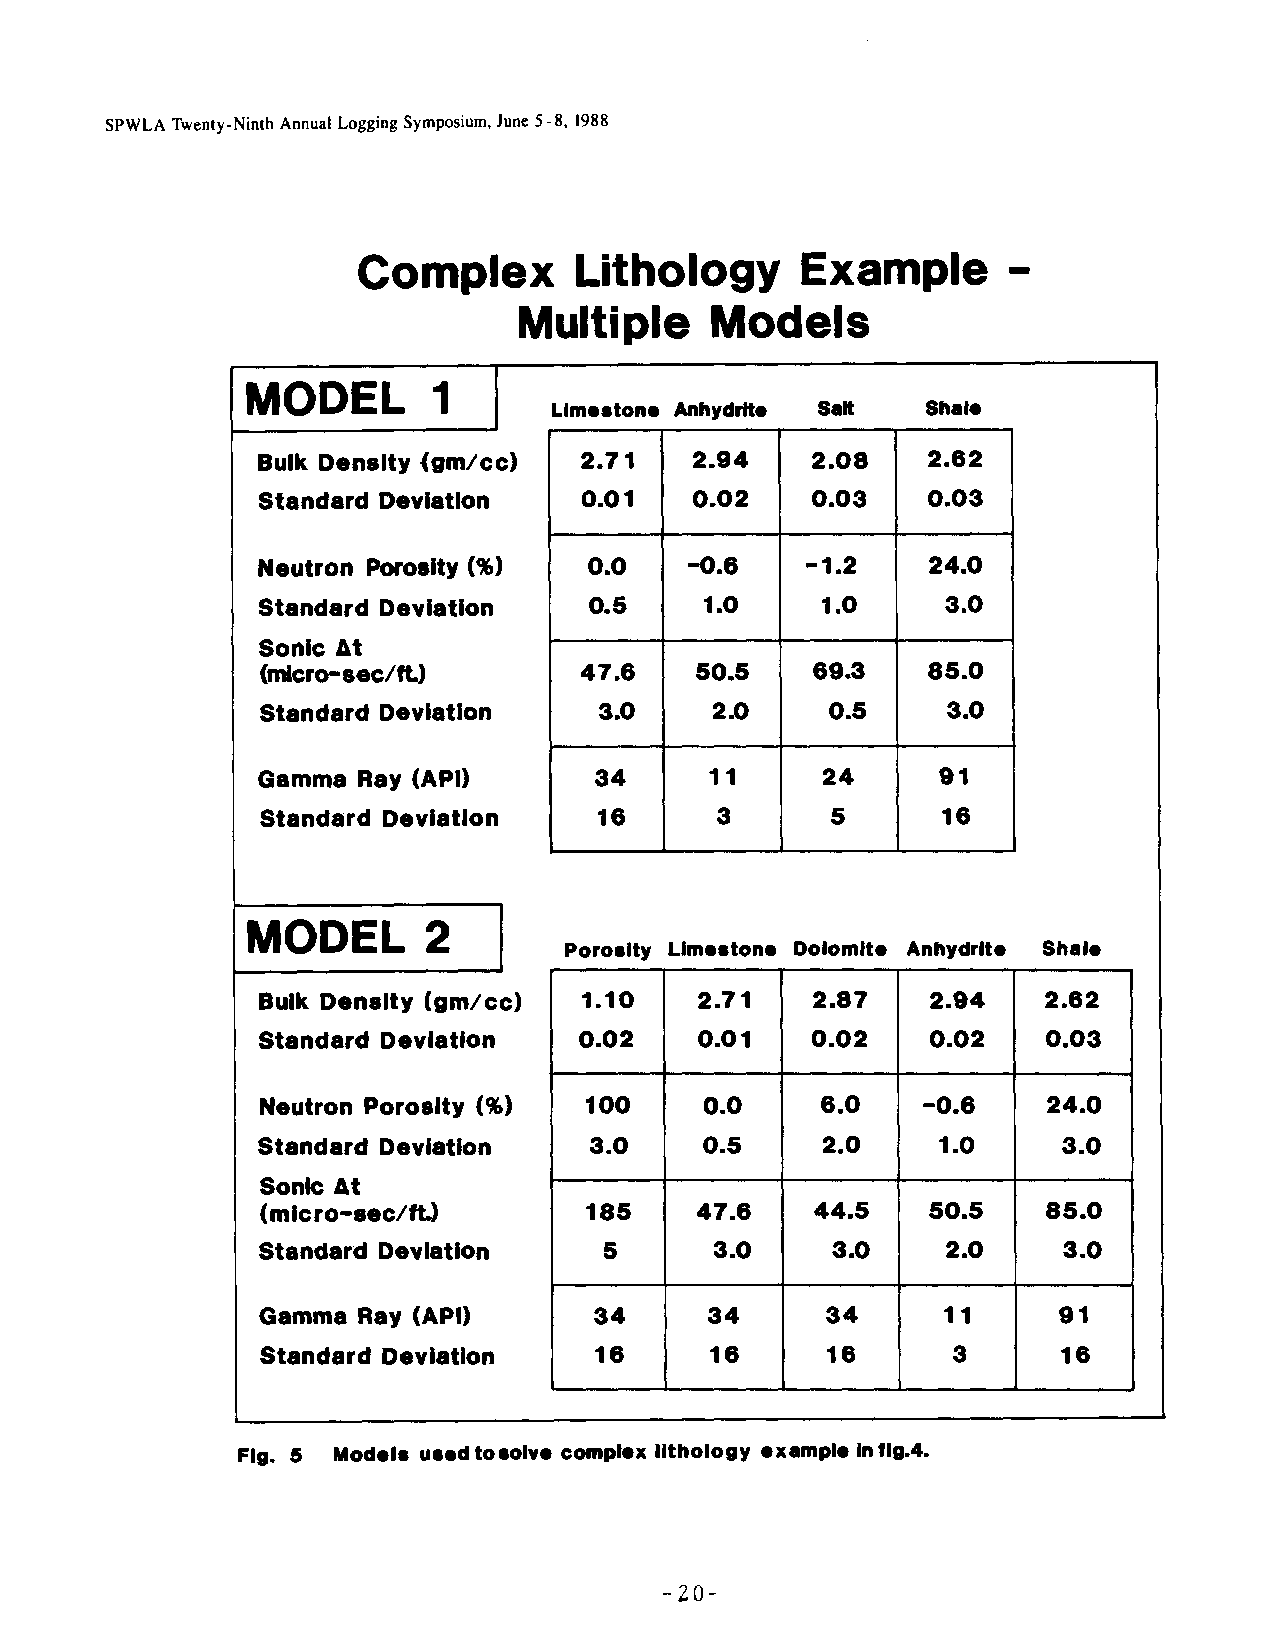
SPWLA Twenty-Ninth Annual Logging Symposium, June 5-8, 1988
 Complex       Lithology      Example       -
 Multiple     Models
 MODEL        1   I
 Llmostone Anhydrito Sait Shale
 1
 Bulk Density {gin/cc) I 2.71 2.04    2.08   2.62  I
 Standard Deviation I 0.01    0.02    0.03   0.03
 Neutron Porosity (%)  0.0    -0.6   -1.2    24.0
 t
 Standard Deviation I  0.5     1.0    1.0      3.0 I
 Sonic At
 (micro-sec/ft.)      47.6    50.5    69.3   85.0
 r                              1
 Standard Deviation     3.0    2.0     0.5     3.0
 Gamma  Ray (API)      34      11     24      91
 t
 16     3       5      16   1
 MODEL       2    I
 Porosity Llmestono Dolomlte Anhydrlte Shale
 Bulk Density (gin/cc) 1.10   2.71    2.87    2.94   2.62
 Standard Deviation   0.02    0.01    0.02    0.02   0.03
 Neutron Porosity (%)  100     0.0    6.0    -0.6    24.0
 Standard Deviation    3.0     0.5    2.0     1.0     3.0
 Sonk At
 (micro-sec/ftJ        185    47.6    44.5   50.5    85.0
 Standard Deviation     5      3.0     3.0     2.0    3.0
 Gamma  Ray (API)      34      34      34     11      91
 Standard Deviation    16      16      16      3      16
 Fig. 5 Models usedtoaolvecomplexIlthology exampleInfig.4.
 -20-